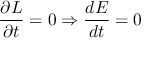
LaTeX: \frac { \partial \cal L } { \partial t } = 0 \Rightarrow \frac { d E } { d t } = 0